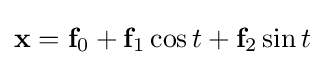
\mathbf {x} =\mathbf {f} _{0}+\mathbf {f} _{1}\cos t+\mathbf {f} _{2}\sin t